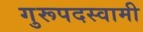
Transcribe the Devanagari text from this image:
गुरूपदस्वामी